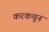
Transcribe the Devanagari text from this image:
करकचून